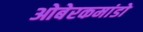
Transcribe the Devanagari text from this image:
ओबेरकमांडो